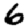
Digit: 6